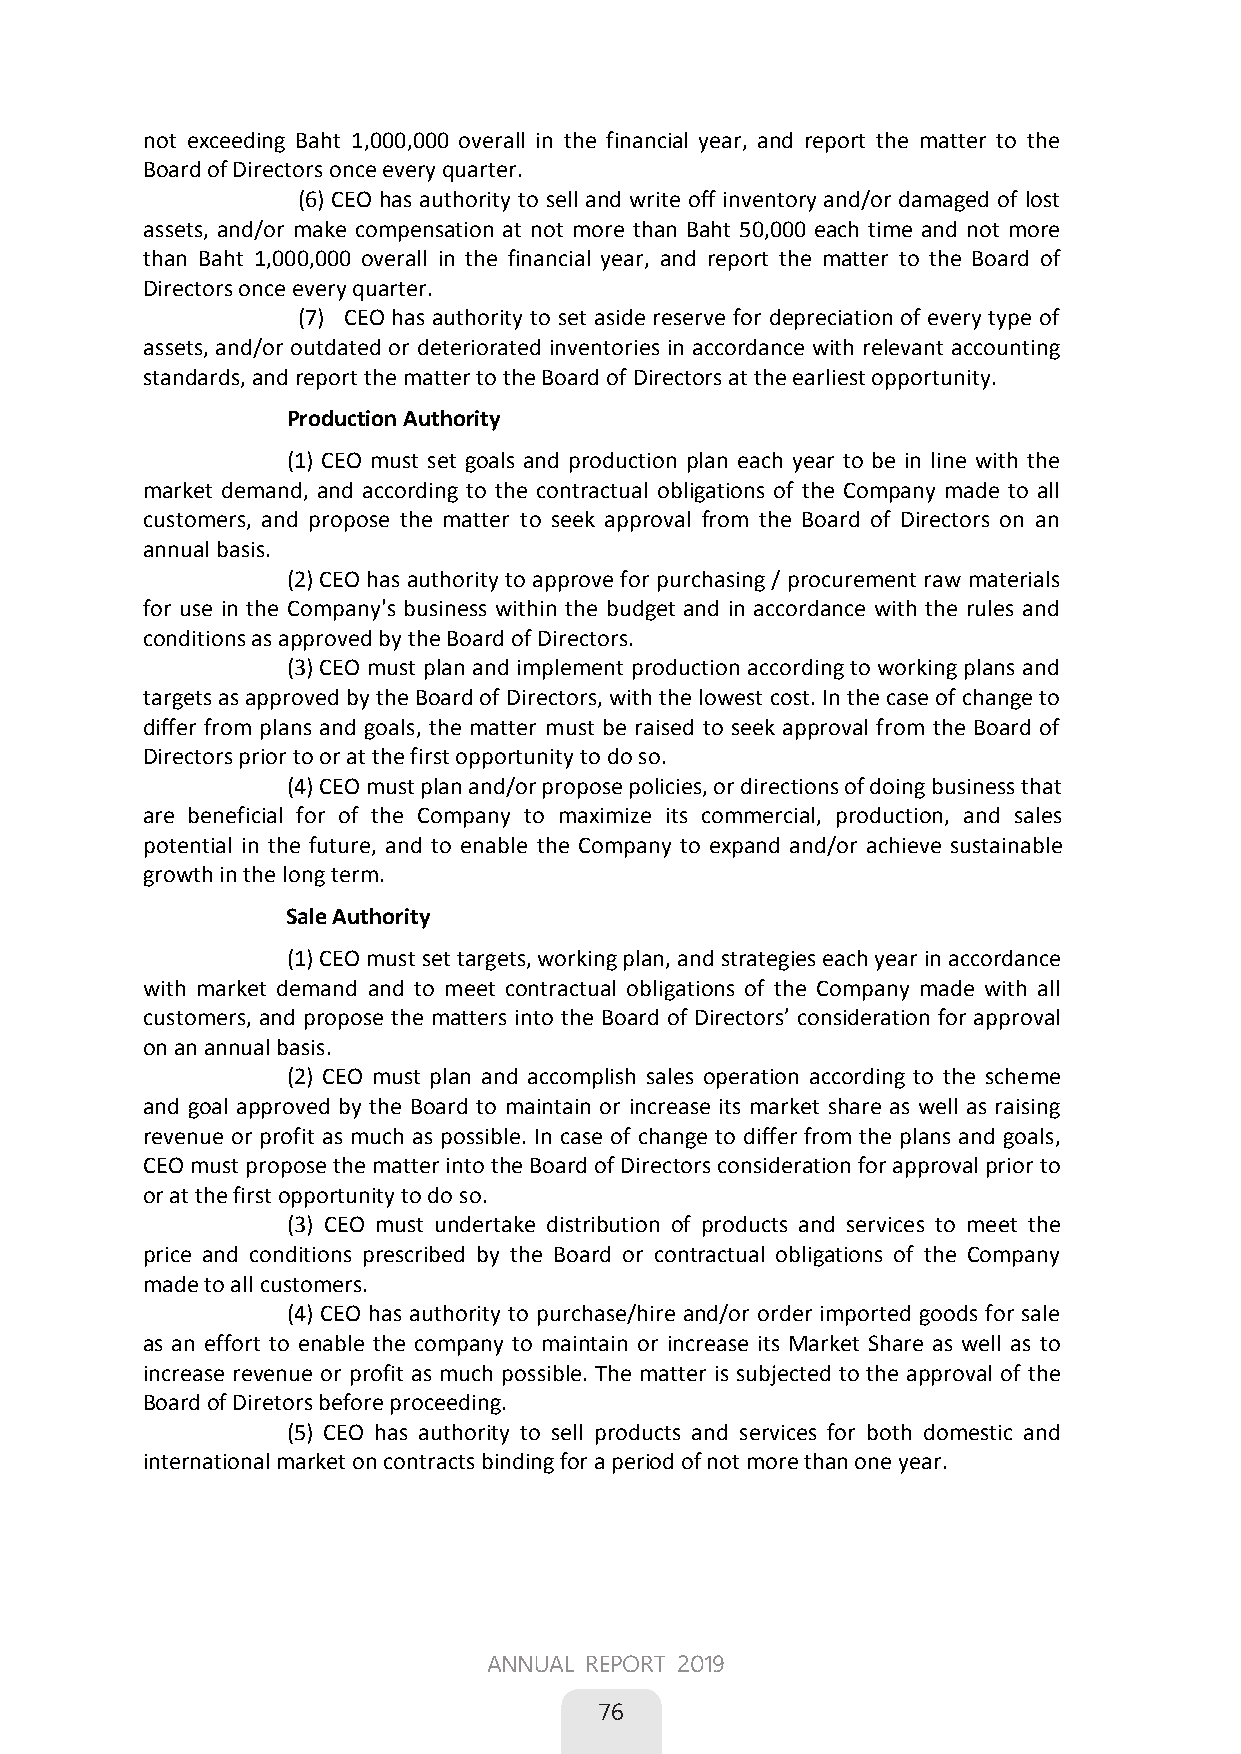
not exceeding Baht 1,000,000 overall in the financial year, and report the matter to the
 Board of Directors once every quarter.
           (6) CEO has authority to sell and write off inventory and/or damaged of lost
 assets, and/or make compensation at not more than Baht 50,000 each time and not more
 than Baht 1,000,000 overall in the financial year, and report the matter to the Board of
 Directors once every quarter.
 (7) CEO has authority to set aside reserve for depreciation of every type of
 assets, and/or outdated or deteriorated inventories in accordance with relevant accounting
 standards, and report the matter to the Board of Directors at the earliest opportunity.
 Production Authority
          (1) CEO must set goals and production plan each year to be in line with the
 market demand, and according to the contractual obligations of the Company made to all
 customers, and propose the matter to seek approval from the Board of Directors on an
 annual basis.
          (2) CEO has authority to approve for purchasing / procurement raw materials
 for use in the Company's business within the budget and in accordance with the rules and
 conditions as approved by the Board of Directors.
         (3) CEO must plan and implement production according to working plans and
 targets as approved by the Board of Directors, with the lowest cost. In the case of change to
 differ from plans and goals, the matter must be raised to seek approval from the Board of
 Directors prior to or at the first opportunity to do so.
          (4) CEO must plan and/or propose policies, or directions of doing business that
 are beneficial for of the Company to maximize its commercial, production, and sales
 potential in the future, and to enable the Company to expand and/or achieve sustainable
 growth in the long term.
 Sale Authority
          (1) CEO must set targets, working plan, and strategies each year in accordance
 with market demand and to meet contractual obligations of the Company made with all
 customers, and propose the matters into the Board of Directors’ consideration for approval
 on an annual basis.
          (2) CEO must plan and accomplish sales operation according to the scheme
 and goal approved by the Board to maintain or increase its market share as well as raising
 revenue or profit as much as possible. In case of change to differ from the plans and goals,
 CEO must propose the matter into the Board of Directors consideration for approval prior to
 or at the first opportunity to do so.
          (3) CEO must undertake distribution of products and services to meet the
 price and conditions prescribed by the Board or contractual obligations of the Company
 made to all customers.
          (4) CEO has authority to purchase/hire and/or order imported goods for sale
 as an effort to enable the company to maintain or increase its Market Share as well as to
 increase revenue or profit as much possible. The matter is subjected to the approval of the
 Board of Diretors before proceeding.
          (5) CEO has authority to sell products and services for both domestic and
 international market on contracts binding for a period of not more than one year.
 38
 ANNUAL REPORT 2019
 
 76